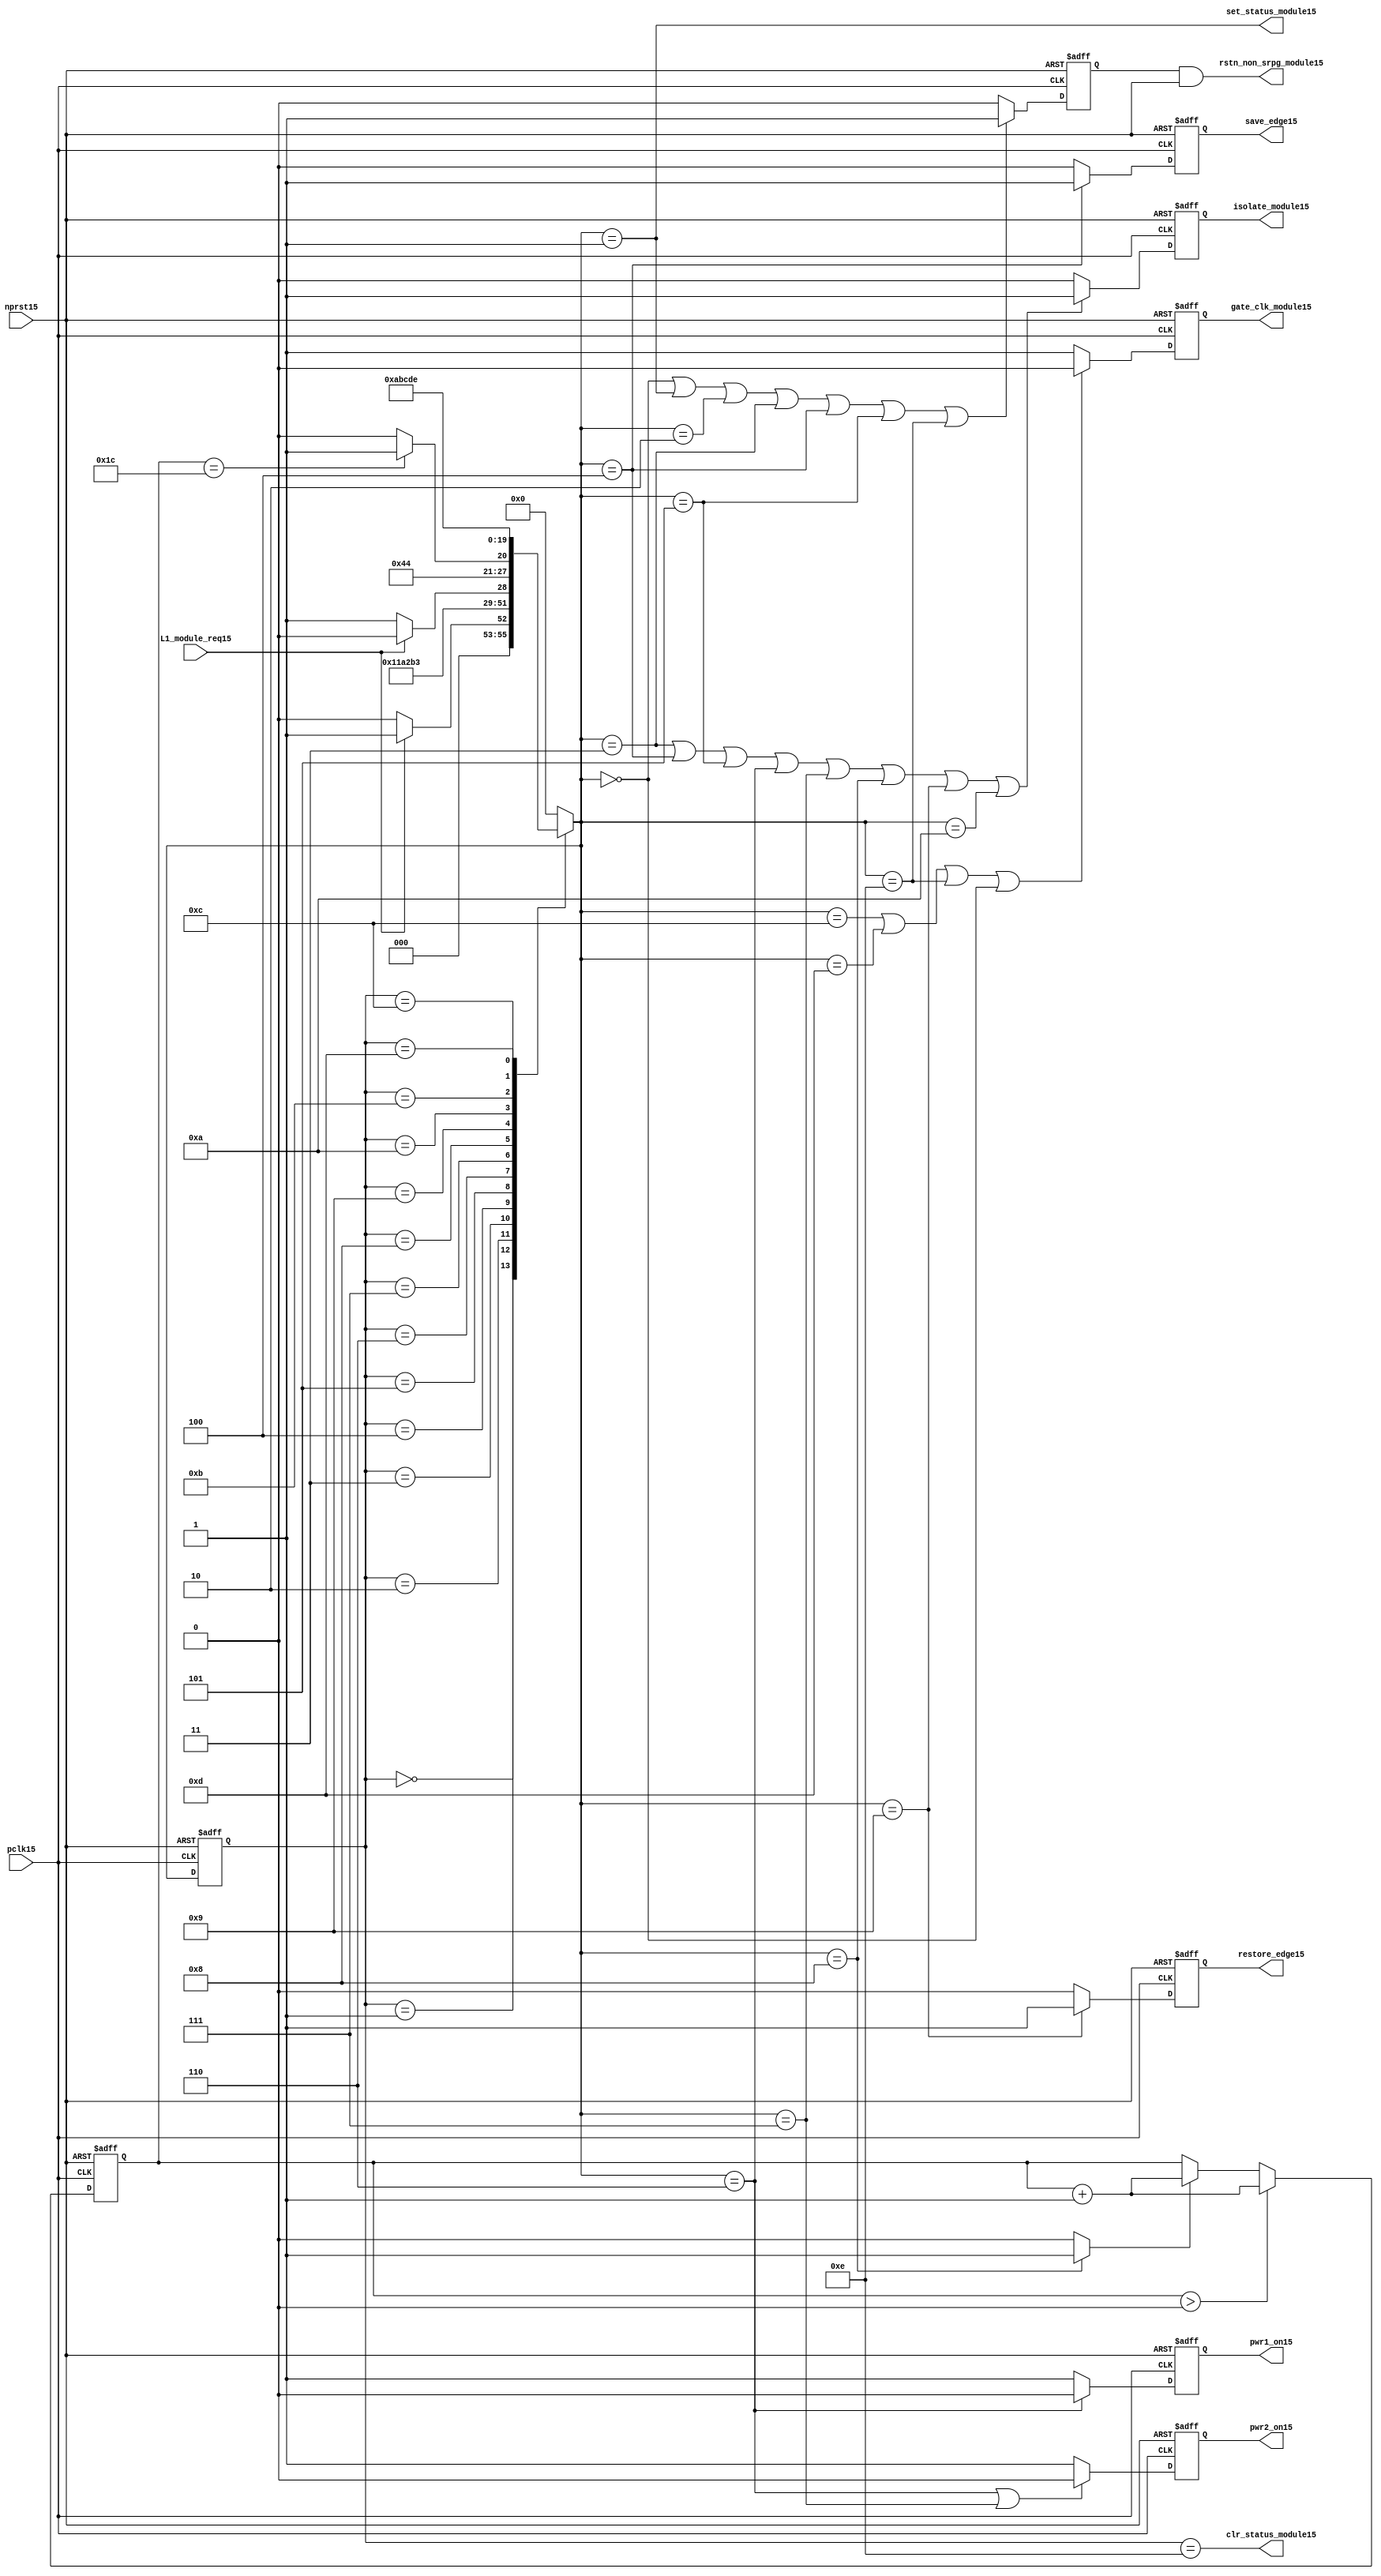
//File15 name   : power_ctrl_sm15.v
//Title15       : Power15 Controller15 state machine15
//Created15     : 1999
//Description15 : State15 machine15 of power15 controller15
//Notes15       : 
//----------------------------------------------------------------------
//   Copyright15 1999-2010 Cadence15 Design15 Systems15, Inc15.
//   All Rights15 Reserved15 Worldwide15
//
//   Licensed15 under the Apache15 License15, Version15 2.0 (the
//   "License15"); you may not use this file except15 in
//   compliance15 with the License15.  You may obtain15 a copy of
//   the License15 at
//
//       http15://www15.apache15.org15/licenses15/LICENSE15-2.0
//
//   Unless15 required15 by applicable15 law15 or agreed15 to in
//   writing, software15 distributed15 under the License15 is
//   distributed15 on an "AS15 IS15" BASIS15, WITHOUT15 WARRANTIES15 OR15
//   CONDITIONS15 OF15 ANY15 KIND15, either15 express15 or implied15.  See
//   the License15 for the specific15 language15 governing15
//   permissions15 and limitations15 under the License15.
//----------------------------------------------------------------------
module power_ctrl_sm15 (

    // Clocks15 & Reset15
    pclk15,
    nprst15,

    // Register Control15 inputs15
    L1_module_req15,
    set_status_module15,
    clr_status_module15,

    // Module15 control15 outputs15
    rstn_non_srpg_module15,
    gate_clk_module15,
    isolate_module15,
    save_edge15,
    restore_edge15,
    pwr1_on15,
    pwr2_on15

);

input    pclk15;
input    nprst15;

input    L1_module_req15;
output   set_status_module15;
output   clr_status_module15;
    
output   rstn_non_srpg_module15;
output   gate_clk_module15;
output   isolate_module15;
output   pwr1_on15;
output   pwr2_on15;
output save_edge15;
output restore_edge15;

wire    set_status_module15;
wire    clr_status_module15;

wire    rstn_non_srpg_module15;
reg     gate_clk_module15;
reg     isolate_module15;
reg     pwr1_on15;
reg     pwr2_on15;

reg save_edge15;

reg restore_edge15;
   
// FSM15 state
reg  [3:0] currentState15, nextState15;
reg     rstn_non_srpg15;
reg [4:0] trans_cnt15;

parameter Init15 = 0; 
parameter Clk_off15 = 1; 
parameter Wait115 = 2; 
parameter Isolate15 = 3; 
parameter Save_edge15 = 4; 
parameter Pre_pwr_off15 = 5; 
parameter Pwr_off15 = 6; 
parameter Pwr_on115 = 7; 
parameter Pwr_on215 = 8; 
parameter Restore_edge15 = 9; 
parameter Wait215 = 10; 
parameter De_isolate15 = 11; 
parameter Clk_on15 = 12; 
parameter Wait315 = 13; 
parameter Rst_clr15 = 14;


// Power15 Shut15 Off15 State15 Machine15

// FSM15 combinational15 process
always @  (*)
  begin
    case (currentState15)

      // Commence15 PSO15 once15 the L115 req bit is set.
      Init15:
        if (L1_module_req15 == 1'b1)
          nextState15 = Clk_off15;         // Gate15 the module's clocks15 off15
        else
          nextState15 = Init15;            // Keep15 waiting15 in Init15 state
        
      Clk_off15 :
        nextState15 = Wait115;             // Wait15 for one cycle
 
      Wait115  :                         // Wait15 for clk15 gating15 to take15 effect
        nextState15 = Isolate15;           // Start15 the isolation15 process
          
      Isolate15 :
        nextState15 = Save_edge15;
        
      Save_edge15 :
        nextState15 = Pre_pwr_off15;

      Pre_pwr_off15 :
        nextState15 = Pwr_off15;
      // Exit15 PSO15 once15 the L115 req bit is clear.

      Pwr_off15 :
        if (L1_module_req15 == 1'b0)
          nextState15 = Pwr_on115;         // Resume15 power15 if the L1_module_req15 bit is cleared15
        else
          nextState15 = Pwr_off15;         // Wait15 until the L1_module_req15 bit is cleared15
        
      Pwr_on115 :
        nextState15 = Pwr_on215;
          
      Pwr_on215 :
        if(trans_cnt15 == 5'd28)
          nextState15 = Restore_edge15;
        else 
          nextState15 = Pwr_on215;
          
      Restore_edge15 :
        nextState15 = Wait215;

      Wait215 :
        nextState15 = De_isolate15;
          
      De_isolate15 :
        nextState15 = Clk_on15;
          
      Clk_on15 :
        nextState15 = Wait315;
          
      Wait315  :                         // Wait15 for clock15 to resume
        nextState15 = Rst_clr15 ;     
 
      Rst_clr15 :
        nextState15 = Init15;
        
      default  :                       // Catch15 all
        nextState15 = Init15; 
        
    endcase
  end


  // Signals15 Sequential15 process - gate_clk_module15
always @ (posedge pclk15 or negedge nprst15)
  begin
    if (~nprst15)
      gate_clk_module15 <= 1'b0;
    else 
      if (nextState15 == Clk_on15 | nextState15 == Wait315 | nextState15 == Rst_clr15 | 
          nextState15 == Init15)
          gate_clk_module15 <= 1'b0;
      else
          gate_clk_module15 <= 1'b1;
  end

// Signals15 Sequential15 process - rstn_non_srpg15
always @ (posedge pclk15 or negedge nprst15)
  begin
    if (~nprst15)
      rstn_non_srpg15 <= 1'b0;
    else
      if ( nextState15 == Init15 | nextState15 == Clk_off15 | nextState15 == Wait115 | 
           nextState15 == Isolate15 | nextState15 == Save_edge15 | nextState15 == Pre_pwr_off15 | nextState15 == Rst_clr15)
        rstn_non_srpg15 <= 1'b1;
      else
        rstn_non_srpg15 <= 1'b0;
   end


// Signals15 Sequential15 process - pwr1_on15 & pwr2_on15
always @ (posedge pclk15 or negedge nprst15)
  begin
    if (~nprst15)
      pwr1_on15 <=  1'b1;  // power15 gates15 1 & 2 are on
    else
      if (nextState15 == Pwr_off15 )
        pwr1_on15 <= 1'b0;  // shut15 off15 both power15 gates15 1 & 2
      else
        pwr1_on15 <= 1'b1;
  end


// Signals15 Sequential15 process - pwr1_on15 & pwr2_on15
always @ (posedge pclk15 or negedge nprst15)
  begin
    if (~nprst15)
       pwr2_on15 <= 1'b1;      // power15 gates15 1 & 2 are on
    else
      if (nextState15 == Pwr_off15 | nextState15 == Pwr_on115)
        pwr2_on15 <= 1'b0;     // shut15 off15 both power15 gates15 1 & 2
      else
        pwr2_on15 <= 1'b1;
   end


// Signals15 Sequential15 process - isolate_module15 
always @ (posedge pclk15 or negedge nprst15)
  begin
    if (~nprst15)
        isolate_module15 <= 1'b0;
    else
      if (nextState15 == Isolate15 | nextState15 == Save_edge15 | nextState15 == Pre_pwr_off15 |  nextState15 == Pwr_off15 | nextState15 == Pwr_on115 |
          nextState15 == Pwr_on215 | nextState15 == Restore_edge15 | nextState15 == Wait215)
         isolate_module15 <= 1'b1;       // Activate15 the isolate15 and retain15 signals15
      else
         isolate_module15 <= 1'b0;        
   end    

// enabling save edge
always @ (posedge pclk15 or negedge nprst15)
  begin
    if (~nprst15)
        save_edge15 <= 1'b0;
    else
      if (nextState15 == Save_edge15 )
         save_edge15 <= 1'b1;       // Activate15 the isolate15 and retain15 signals15
      else
         save_edge15 <= 1'b0;        
   end    
// stabilising15 count
wire restore_change15;
assign restore_change15 = (nextState15 == Pwr_on215) ? 1'b1: 1'b0;

always @ (posedge pclk15 or negedge nprst15)
  begin
    if (~nprst15)
      trans_cnt15 <= 0;
    else if (trans_cnt15 > 0)
      trans_cnt15  <= trans_cnt15 + 1;
    else if (restore_change15)
      trans_cnt15  <= trans_cnt15 + 1;
  end

// enabling restore15 edge
always @ (posedge pclk15 or negedge nprst15)
  begin
    if (~nprst15)
        restore_edge15 <= 1'b0;
    else
      if (nextState15 == Restore_edge15)
         restore_edge15 <= 1'b1;       // Activate15 the isolate15 and retain15 signals15
      else
         restore_edge15 <= 1'b0;        
   end    


// FSM15 Sequential15 process
always @ (posedge pclk15 or negedge nprst15)
  begin
    if (~nprst15)
      currentState15 <= Init15;
    else
      currentState15 <= nextState15;
  end


// Reset15 for non-SRPG15 FFs15 is a combination15 of the nprst15 and the reset during PSO15
assign  rstn_non_srpg_module15 = rstn_non_srpg15 & nprst15;

assign  set_status_module15 = (nextState15 == Clk_off15);    // Set the L115 status bit  
assign  clr_status_module15 = (currentState15 == Rst_clr15); // Clear the L115 status bit  
  

`ifdef LP_ABV_ON15

// psl15 default clock15 = (posedge pclk15);

// Never15 have the set and clear status signals15 both set
// psl15 output_no_set_and_clear15 : assert never {set_status_module15 & clr_status_module15};



// Isolate15 signal15 should become15 active on the 
// Next15 clock15 after Gate15 signal15 is activated15
// psl15 output_pd_seq15:
//    assert always
//	  {rose15(gate_clk_module15)} |=> {[*1]; {rose15(isolate_module15)} }
//    abort15(~nprst15);
//
//
//
// Reset15 signal15 for Non15-SRPG15 FFs15 and POWER15 signal15 for
// SMC15 should become15 LOW15 on clock15 cycle after Isolate15 
// signal15 is activated15
// psl15 output_pd_seq_stg_215:
//    assert always
//    {rose15(isolate_module15)} |=>
//    {[*2]; {{fell15(rstn_non_srpg_module15)} && {fell15(pwr1_on15)}} }
//    abort15(~nprst15);
//
//
// Whenever15 pwr1_on15 goes15 to LOW15 pwr2_on15 should also go15 to LOW15
// psl15 output_pwr2_low15:
//    assert always
//    { fell15(pwr1_on15) } |->  { fell15(pwr2_on15) }
//    abort15(~nprst15);
//
//
// Whenever15 pwr1_on15 becomes HIGH15 , On15 Next15 clock15 cycle pwr2_on15
// should also become15 HIGH15
// psl15 output_pwr2_high15:
//    assert always
//    { rose15(pwr1_on15) } |=>  { (pwr2_on15) }
//    abort15(~nprst15);
//
`endif


endmodule